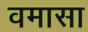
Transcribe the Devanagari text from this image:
वमासा